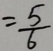
= \frac { 5 } { 6 }